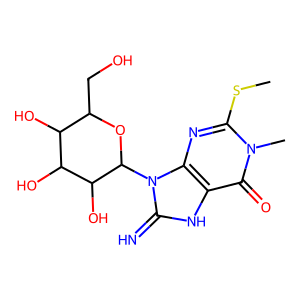
SMILES: CSc1nc2c([nH]c(=N)n2C2OC(CO)C(O)C(O)C2O)c(=O)n1C
Inhibits HIV replication: No